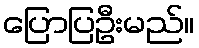
ပြောပြဦးမည်။